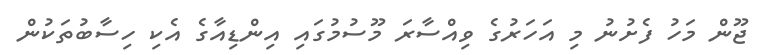
ޖޫން މަހު ފެށުނު މި އަހަރުގެ ވިއްސާރަ މޫސުމުގައި އިންޑިއާގެ އެކި ހިސާބުތަކުން